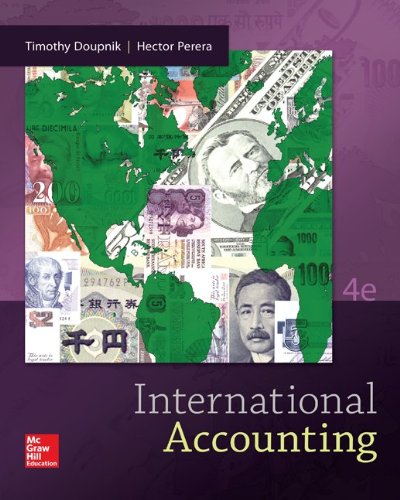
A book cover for International Accounting; Timothy Doupnik; Business & Money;